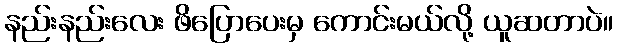
နည်းနည်းလေး ဖိပြောပေးမှ ကောင်းမယ်လို့ ယူဆတာပဲ။